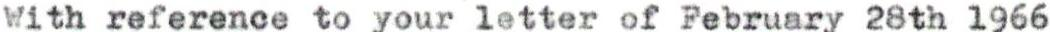
With reference to your letter of February 28th 1966